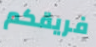
فريقكم